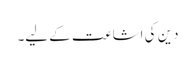
دین کی اشاعت کے لیے۔